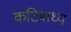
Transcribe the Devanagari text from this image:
कटिबाध्य